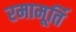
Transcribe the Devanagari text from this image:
रमामूर्ति